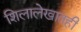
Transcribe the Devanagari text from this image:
शिलालेखातही